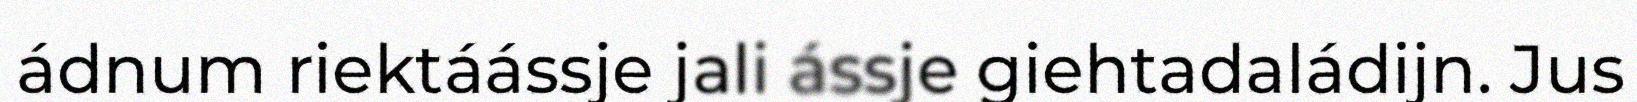
ádnum riektáássje jali ássje giehtadaládijn. Jus